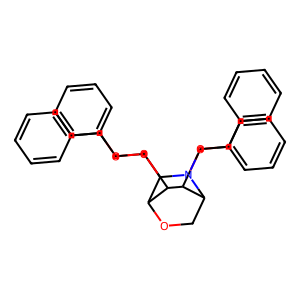
SMILES: c1ccc(COCC2C3OCC(C(OCc4ccccc4)C3OCc3ccccc3)N2Cc2ccccc2)cc1
Inhibits HIV replication: No